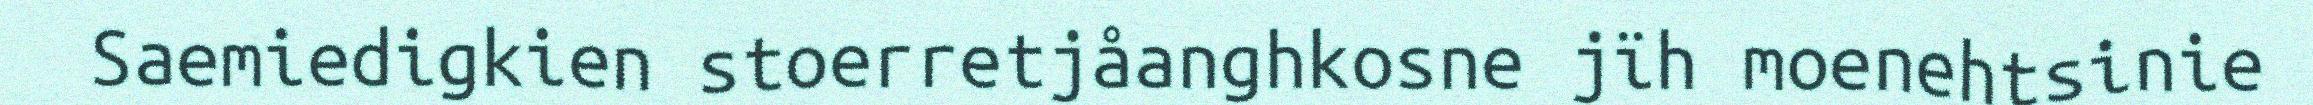
Saemiedigkien stoerretjåanghkosne jïh moenehtsinie